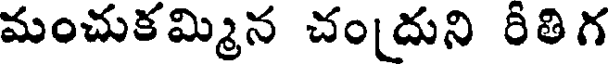
మంచుకమ్మిన చందుని రితిగ